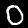
Label: 0